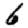
Digit: 6